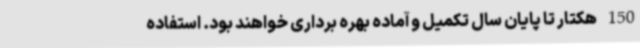
150 هکتار تا پایان سال تکمیل و آماده بهره برداری خواهند بود. استفاده